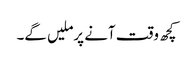
کچھ وقت آنے پرملیں گے۔